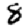
Digit: 8